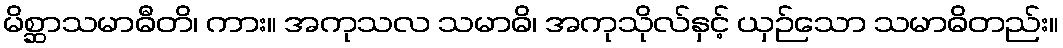
မိစ္ဆာသမာဓီတိ၊ ကား။ အကုသလ သမာဓိ၊ အကုသိုလ်နှင့် ယှဉ်သော သမာဓိတည်း။